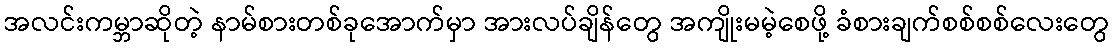
အလင်းကမ္ဘာဆိုတဲ့ နာမ်စားတစ်ခုအောက်မှာ အားလပ်ချိန်တွေ အကျိုးမမဲ့စေဖို့ ခံစားချက်စစ်စစ်လေးတွေ